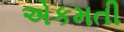
એકમતી